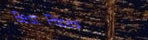
Best Prices